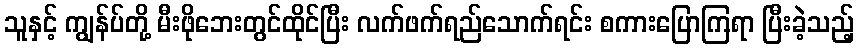
သူနှင့် ကျွန်ပ်တို့ မီးဖိုဘေးတွင်ထိုင်ပြီး လက်ဖက်ရည်သောက်ရင်း စကားပြောကြရာ ပြီးခဲ့သည့်